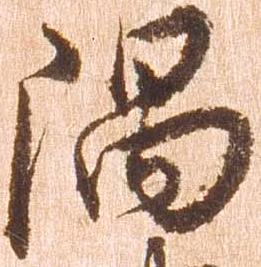
隅